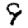
Digit: 9